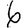
Digit: 6